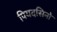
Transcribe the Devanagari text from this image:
पियदसिनो